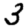
Digit: 3